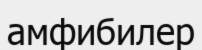
амфибилер